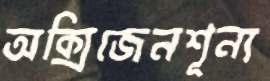
অক্সিজেনশূন্য